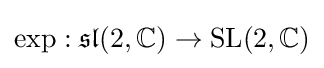
\exp :{\mathfrak {sl}}(2,\mathbb {C} )\to {\text{SL}}(2,\mathbb {C} )